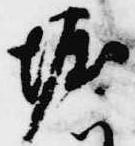
堀